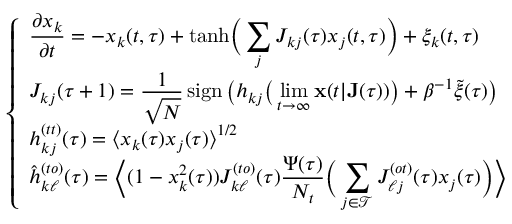
\left\{ \begin{array} { l } { \displaystyle \frac { \partial x _ { k } } { \partial t } = - x _ { k } ( t , \tau ) + \mathrm { t a n h } \Big ( \sum _ { j } J _ { k j } ( \tau ) x _ { j } ( t , \tau ) \Big ) + \xi _ { k } ( t , \tau ) \, } \\ { \displaystyle J _ { k j } ( \tau + 1 ) = \frac { 1 } { \sqrt { N } } \, \mathrm { s i g n } \, \big ( h _ { k j } \big ( \operatorname* { l i m } _ { t \rightarrow \infty } \mathbf { x } ( t | \mathbf { J } ( \tau ) ) \big ) + \beta ^ { - 1 } \tilde { \xi } ( \tau ) \big ) } \\ { \displaystyle h _ { k j } ^ { ( t t ) } ( \tau ) = \big \langle x _ { k } ( \tau ) x _ { j } ( \tau ) \big \rangle ^ { 1 / 2 } } \\ { \displaystyle \hat { h } _ { k \ell } ^ { ( t o ) } ( \tau ) = \Big \langle ( 1 - x _ { k } ^ { 2 } ( \tau ) ) J _ { k \ell } ^ { ( t o ) } ( \tau ) \frac { \Psi ( \tau ) } { N _ { t } } \Big ( \sum _ { j \in \mathcal { T } } J _ { \ell j } ^ { ( o t ) } ( \tau ) x _ { j } ( \tau ) \Big ) \Big \rangle \, } \end{array} \right. \,